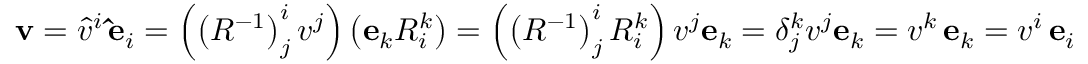
\mathbf { v } = { \hat { v } } ^ { i } \, \mathbf { \hat { e } } _ { i } = \left( \left( R ^ { - 1 } \right) _ { j } ^ { i } { v } ^ { j } \right) \left( \mathbf { e } _ { k } R _ { i } ^ { k } \right) = \left( \left( R ^ { - 1 } \right) _ { j } ^ { i } R _ { i } ^ { k } \right) { v } ^ { j } \mathbf { e } _ { k } = \delta _ { j } ^ { k } { v } ^ { j } \mathbf { e } _ { k } = { v } ^ { k } \, \mathbf { e } _ { k } = { v } ^ { i } \, \mathbf { e } _ { i }